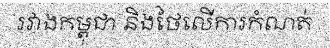
រវាងកម្ពុជា និងថៃលើការកំណត់